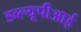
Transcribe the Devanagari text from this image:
डब्ल्यूपीआई